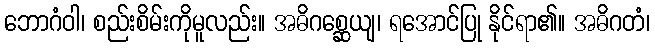
ဘောဂံဝါ၊ စည်းစိမ်းကိုမူလည်း။ အဓိဂစ္ဆေယျ၊ ရအောင်ပြု နိုင်ရာ၏။ အဓိဂတံ၊